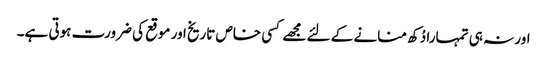
اور نہ ہی تمہارا دُکھ منانے کے لئے مجھے کسی خاص تاریخ اور موقع کی ضرورت ہوتی ہے۔